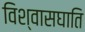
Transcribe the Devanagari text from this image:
विश्वासघाति